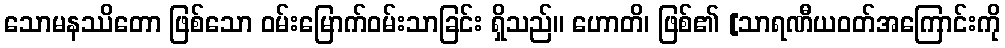
သောမနဿိတော ဖြစ်သော ဝမ်းမြောက်ဝမ်းသာခြင်း ရှိသည်။ ဟောတိ၊ ဖြစ်၏ [သာရဏီယဝတ်အကြောင်းကို